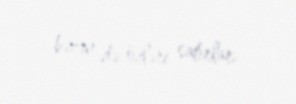
bəzən də özləri satırlar.